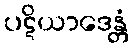
ပဋိယာဒေန္တံ